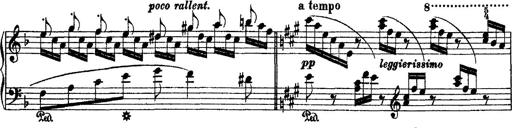
Title: 2 KonzertetÃ¼den
Composer: Franz Liszt